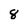
Character: 8